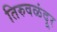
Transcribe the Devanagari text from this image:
तिरुवळंदूर